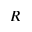
R